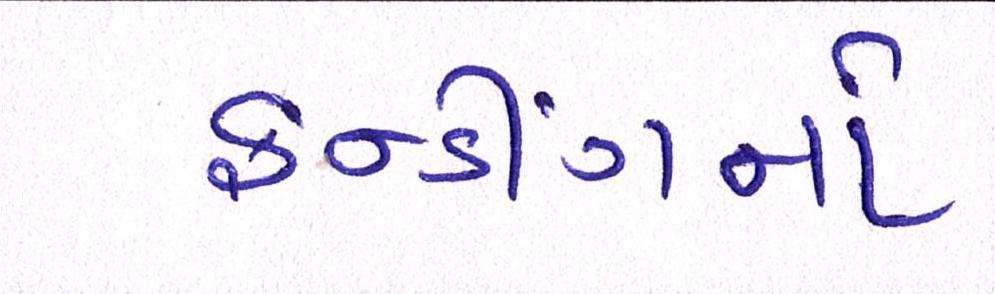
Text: ફન્ડીંગનો